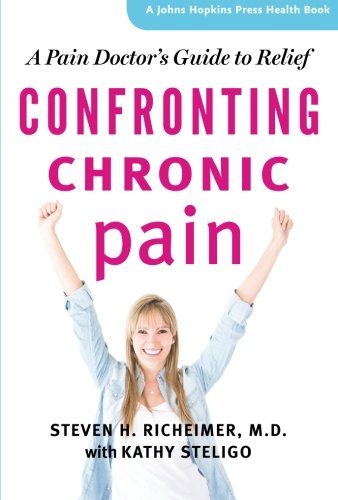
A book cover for Confronting Chronic Pain: A Pain Doctor's Guide to Relief (A Johns Hopkins Press Health Book); Steven H. Richeimer; Health, Fitness & Dieting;